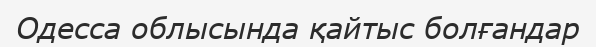
Одесса облысында қайтыс болғандар